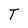
Character: T